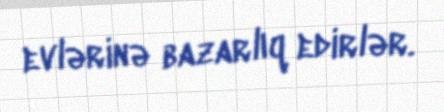
evlərinə bazarlıq edirlər.